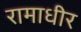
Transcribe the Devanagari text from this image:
रामाधीर